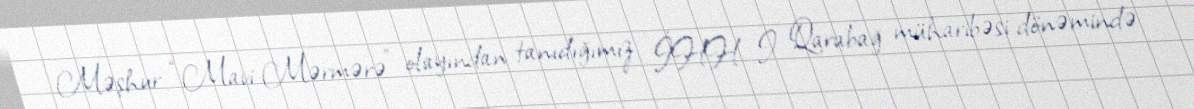
Məşhur “Mavi Mərmərə” olayından tanıdığımız İHH I Qarabağ müharibəsi dönəmində